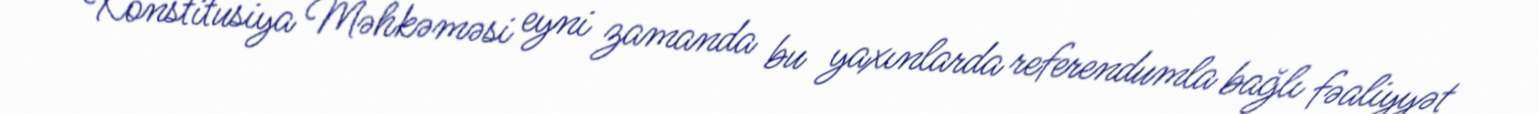
Konstitusiya Məhkəməsi eyni zamanda bu yaxınlarda referendumla bağlı fəaliyyət